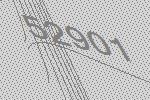
52901